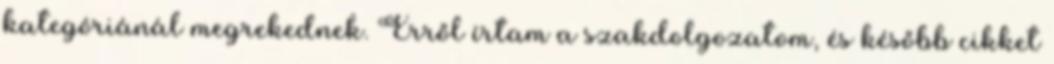
kategóriánál megrekednek. Erről írtam a szakdolgozatom, és később cikket